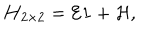
LaTeX: { \bf H } _ { 2 \times 2 } = { \cal E } { \bf 1 } + { \cal H , }